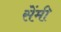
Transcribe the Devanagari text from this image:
सेेंमी